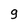
Character: g